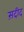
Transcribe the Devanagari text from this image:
स़दीद